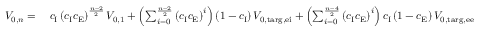
\begin{array} { r l } { V _ { \mathrm { 0 } , n } = \: } & { c _ { \mathrm { I } } \left( c _ { \mathrm { I } } c _ { \mathrm { E } } \right) ^ { \frac { n - 2 } { 2 } } V _ { \mathrm { 0 , 1 } } + \left( \sum _ { i = 0 } ^ { \frac { n - 2 } { 2 } } \left( c _ { \mathrm { I } } c _ { \mathrm { E } } \right) ^ { i } \right) \left( 1 - c _ { \mathrm { I } } \right) V _ { \mathrm { 0 , t a r g , e i } } + \left( \sum _ { i = 0 } ^ { \frac { n - 4 } { 2 } } \left( c _ { \mathrm { I } } c _ { \mathrm { E } } \right) ^ { i } \right) c _ { \mathrm { I } } \left( 1 - c _ { \mathrm { E } } \right) V _ { \mathrm { 0 , t a r g , e e } } } \end{array}